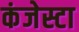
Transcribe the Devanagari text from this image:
कंजेस्टा